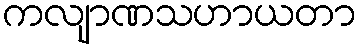
ကလျာဏသဟာယတာ